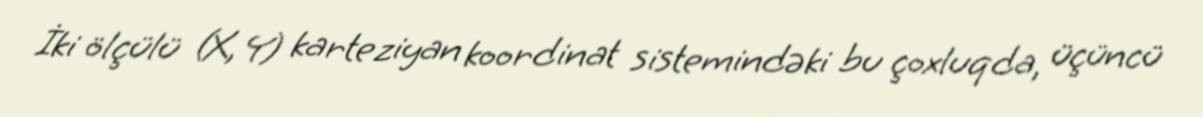
İki ölçülü (X, Y) karteziyan koordinat sistemindəki bu çoxluqda, üçüncü